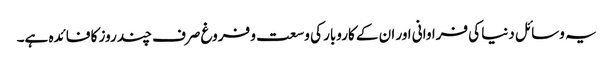
یہ وسائل دنیا کی فراوانی اور ان کے کاروبار کی وسعت و فروغ صرف چند روز کا فائدہ ہے۔